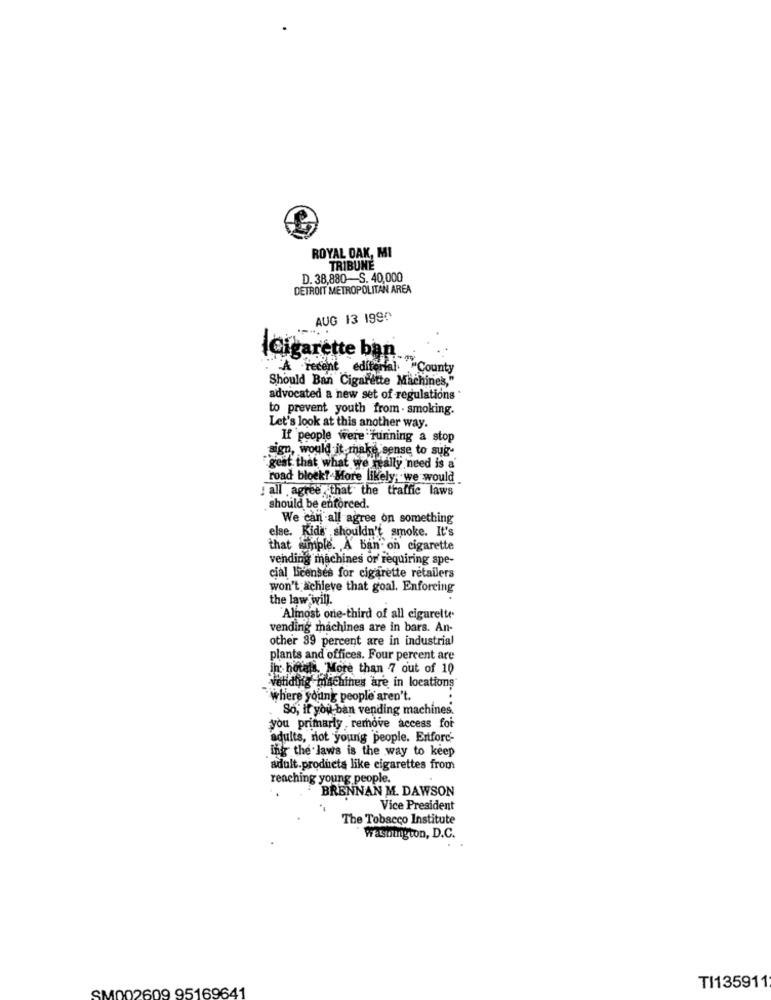
ROYAL DAK, MI
TRIBUNE
D. 38,880-S. 40,000
DETROIT METROPOLITAN AREA
AUG 13 1990
ICigarette ban.
. A recent editorial. "County
Should Ban Cigarette Machines,"
advocated a new set of regulations
to prevent youth from - smoking.
Let's look at this another way.
If people were funning a stop
sign, would it make sense to sug-
"gest that what we really need is a
road block ?- More likely; we would
: all agree that the traffic laws
should be enforced.
We can all agree on something
else. Kids shouldn't smoke. It's
that simple. A Ban on cigarette
vending machines or' requiring spe-
cial Licenses for cigarette retailers
won't achieve that goal. Enforcing
the law will.
"Almost one-third of all cigarette
vending machines are in bars. An-
other 39 percent are in industrial
plants and offices. Four percent are
In hotels. More than 7 out of 10
Watlalig machines are in locations
where young people aren't.
So, if you ban vending machines.
you primarly , rerhove access foi-
adults, not young people. Entford-
ing the laws is the way to keep
adult.products like cigarettes from
reaching young people.
BRENNAN M. DAWSON
Vice President
The Tobacco Institute
washington, D.C.
SM002609 95169641
TI135911